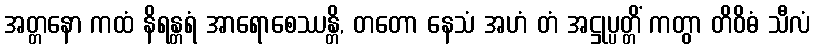
အတ္တနော ကထံ နိရန္တရံ အာရောစေဿန္တိ, တတော နေသံ အဟံ တံ အဋ္ဌုပ္ပတ္တိံ ကတွာ တိဝိဓံ သီလံ